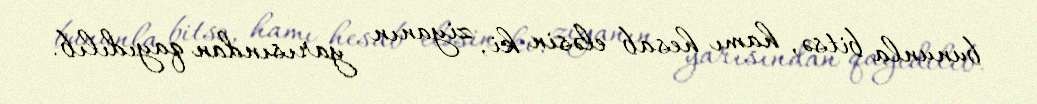
bununla bitsə, hamı hesab eləsin ki, ziyanın yarısından qayıdılıb.